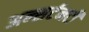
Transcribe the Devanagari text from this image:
अन्सर्टनटी